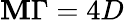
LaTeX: \mathbf{M}\Gamma=4D